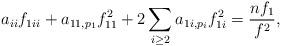
LaTeX: \begin{align*}a_{ii}f_{1ii}+a_{11,p_{1}}f_{11}^{2}+2\sum_{i\geq 2}a_{1i,p_{i}}f_{1i}^{2}=\frac{nf_{1}}{f^{2}},\end{align*}